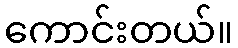
ကောင်းတယ်။